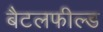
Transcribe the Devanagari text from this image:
बैटलफील्ड